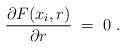
\begin{align*}{\partial F(x_i,r)\over \partial r}\;=\;0\;.\end{align*}